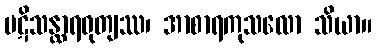
ပဋိသန္ထာရဝုတျဿ၊ အာစာရကုသလော သိယာ။